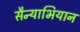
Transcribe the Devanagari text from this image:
सैन्याभियान